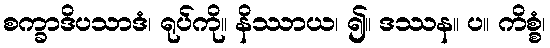
စက္ခာဒိပသာဒံ၊ ရုပ်ကို။ နိဿာယ၊ ၍။ ဒဿန။ ပ။ ကိစ္စံ၊